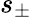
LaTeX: s_{\pm}